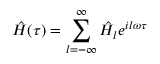
\hat { H } ( \tau ) = \sum _ { l = - \infty } ^ { \infty } \hat { H } _ { l } e ^ { i l \omega \tau }